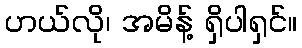
ဟယ်လို၊ အမိန့် ရှိပါရှင်။